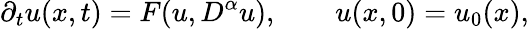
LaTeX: {\partial_{t}}u(x,t)=F(u,{D^{\alpha}}u),\qquad u(x,0)={u_{0}}(x),